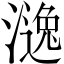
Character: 𣾹